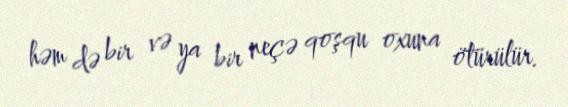
həm də bir və ya bir neçə qoşqu oxuna ötürülür.